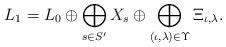
LaTeX: \begin{align*}L_1=L_0\oplus \bigoplus_{s\in S'} X_s \oplus \bigoplus_{(\iota,\lambda)\in\Upsilon}\Xi_{\iota,\lambda}.\end{align*}